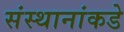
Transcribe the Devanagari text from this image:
संस्थानांकडे